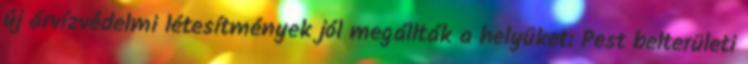
új árvízvédelmi létesítmények jól megállták a helyüket: Pest belterületi